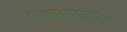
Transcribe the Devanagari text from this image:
एक्सोपोडाइड